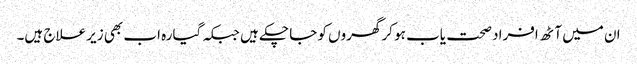
ان میں آٹھ افراد صحت یاب ہو کر گھروں کو جا چکے ہیں جبکہ گیارہ اب بھی زیر علاج ہیں۔